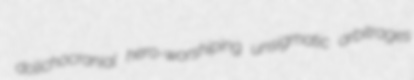
dolichocranial hero-worshiping unsigmatic arbitrages